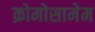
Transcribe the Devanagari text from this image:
क्रोमोसामेम